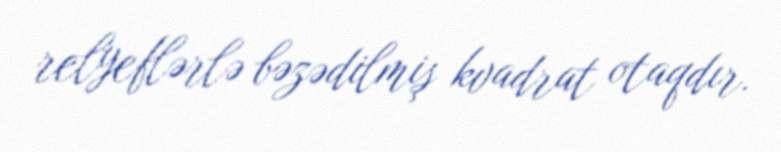
relyeflərlə bəzədilmiş kvadrat otaqdır.